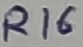
Text: R16